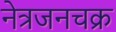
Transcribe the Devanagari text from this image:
नेत्रजनचक्र